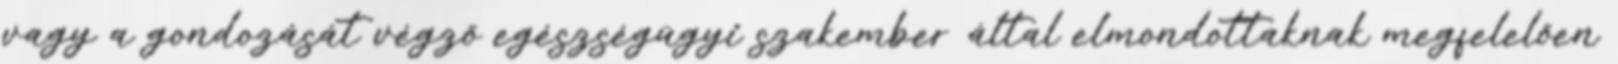
vagy a gondozását végző egészségügyi szakember által elmondottaknak megfelelően